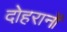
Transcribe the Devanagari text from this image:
दोहरानों